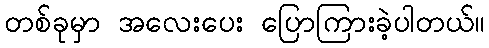
တစ်ခုမှာ အလေးပေး ပြောကြားခဲ့ပါတယ်။